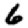
Digit: 6